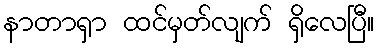
နာတာရှာ ထင်မှတ်လျက် ရှိလေပြီ။